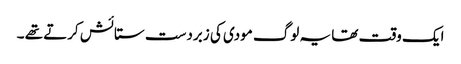
ایک وقت تھا یہ لوگ مودی کی زبردست ستائش کرتے تھے ۔